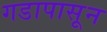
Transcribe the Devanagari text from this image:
गडापासून